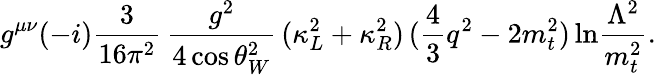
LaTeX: g^{\mu\nu}(-i)\frac{3}{16\pi^{2}}\, \frac{g^{2}}{4\cos\theta_{W}^{2}}\, (\kappa_{L}^{2}+\kappa_{R}^{2})\, (\frac{4}{3}q^{2}-2m_{t}^{2})\, \mathrm{ln}\frac{\Lambda^{2}}{m_{t}^{2}}.